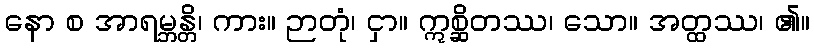
နော စ အာရမ္ဘန္တိ၊ ကား။ ဉာတုံ၊ ငှာ။ ဣစ္ဆိတဿ၊ သော။ အတ္ထဿ၊ ၏။